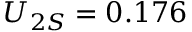
U _ { 2 S } = 0 . 1 7 6